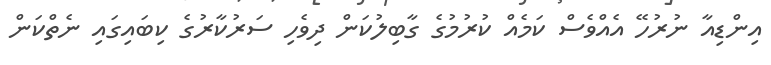
އިންޑިއާ ނުރުހޭ އެއްވެސް ކަމެއް ކުރުމުގެ ގާބިލުކަން ދިވެހި ސަރުކާރުގެ ކިބައިގައި ނެތްކަން